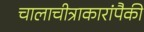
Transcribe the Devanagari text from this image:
चालाचीत्राकारांपैकी